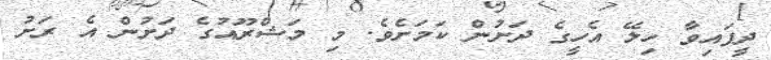
ދީފައިވާ ހިލޭ އެހީގެ ދަށުން ކަމަށެވެ. މި މަޝްރޫއުގެ ދަށުން އެ ރަށު